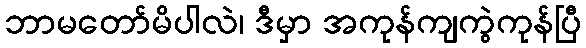
ဘာမတော်မိပါလဲ၊ ဒီမှာ အကုန်ကျကွဲကုန်ပြီ